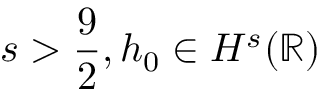
s > { \frac { 9 } { 2 } } , h _ { 0 } \in H ^ { s } ( \mathbb { R } )